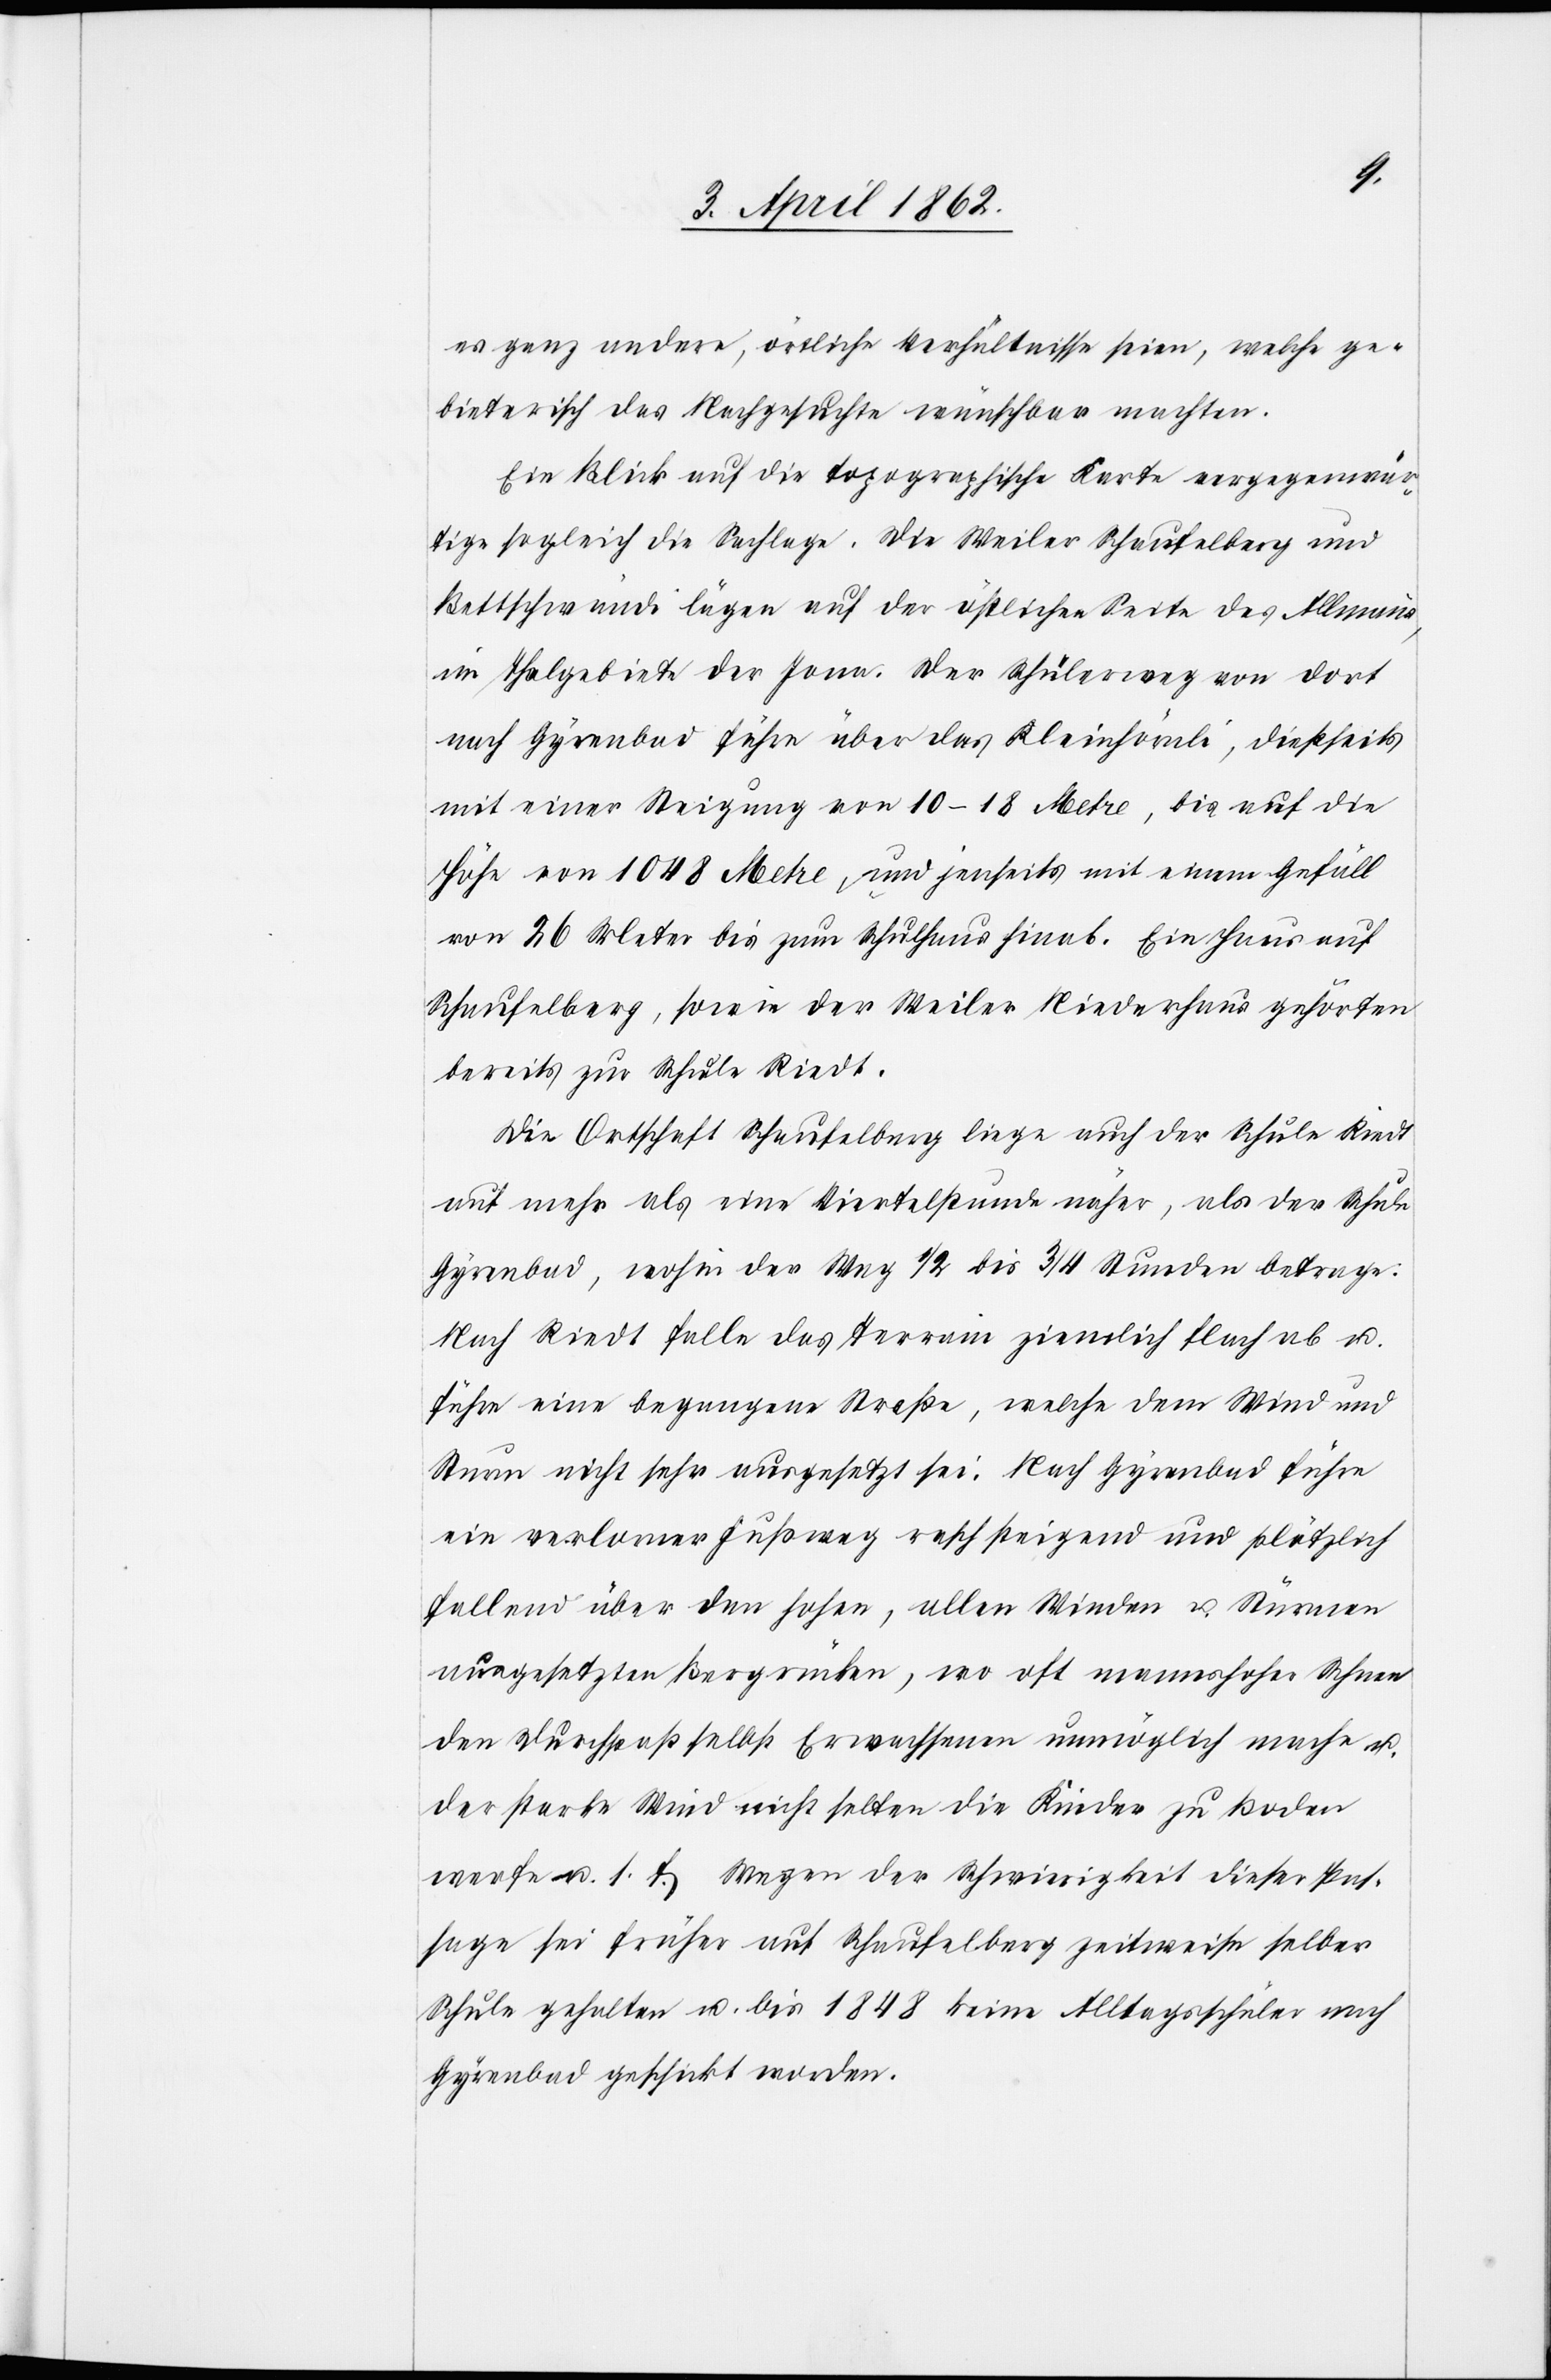
es ganz andere, örtliche Verhältnisse seien, welche ge¬
bieterisch das Nachgesuchte wünschbar machten.
Ein Blick auf die topographische Karte vergegenwär¬
tige sogleich die Sachlage. Die Weiler Schaufelberg und
Bettschwändi lägen auf der östlichen Seite des Allmenns,
im Thalgebiete der Jona. Der Schülerweg von dort
nach Gyrenbad führe über das Kleinhörnli, dießseits
mit einer Steigung von 10–18 Metre, bis auf die
Höhe von 1048 Metre, und jenseits mit einem Gefäll
von 26 Meter bis zum Schulhaus hinab. Ein Haus auf
Schaufelberg, sowie der Weiler Riederhaus gehörten
bereits zur Schule Riedt.
Die Ortschaft Schaufelberg liege auch der Schule Riedt
auf mehr als eine Viertelstunde naher [sic!], als der Schule
Gyrenbad, wohin der Weg 1/2 bis 3/4 Stunden betrage.
Nach Riedt falle das Terrain ziemlich flach ab u.
führe eine begangene Straße, welche dem Wind und
Sturm nicht sehr ausgesetzt sei. Nach Gyrenbad führe
ein verlorner Fußweg rasch steigend und plötzlich
fallend über den hohen, allen Winden u. Stürmen
ausgesetzten Bergrücken, wo oft mannshoher Schnee
den Durchpaß selbst Erwachsenen unmöglich mache u.
der starke Wind nicht selten die Kinder zu Boden
werfe u. s. f. Wegen der Schwierigkeit dieser Pas¬
sage sei früher auf Schaufelberg zeitweise selber
Schule gehalten u. bis 1848 keine Alltagsschüler nach
Gyrenbad schickt worden.